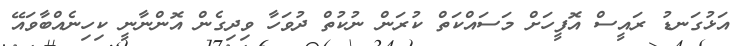
އަޅުގަނޑު ރައީސް އޮފީހަށް މަސައްކަތް ކުރަން ނުކުތް ދުވަހާ ވިދިގެން އޮންނާނީ ކިހިނެއްބާވައޭ